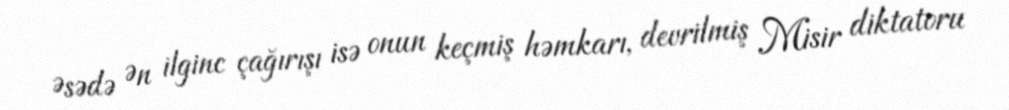
Əsədə Ən ilginc çağırışı isə onun keçmiş həmkarı, devrilmiş Misir diktatoru